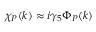
\chi _ { P } ( k ) \approx i \gamma _ { 5 } \Phi _ { P } ( k )